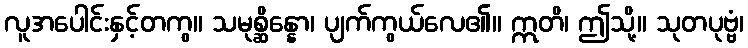
လူအပေါင်းနှင့်တကွ။ သမုစ္ဆိန္နော၊ ပျက်ကွယ်လေ၏။ ဣတိ၊ ဤသို့။ သုတပုဗ္ဗံ၊